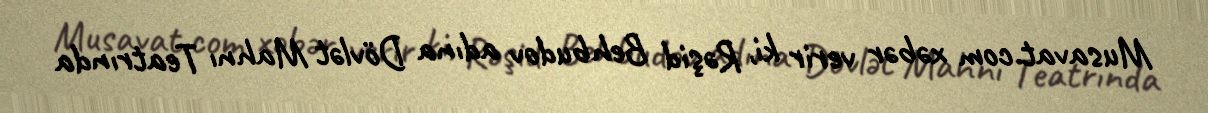
Musavat.сom xəbər verir ki, Rəşid Behbudov adına Dövlət Mahnı Teatrında